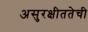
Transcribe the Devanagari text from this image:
असुरक्षीततेची